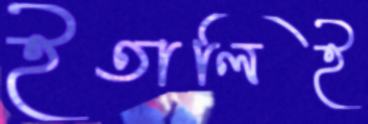
ইতালিই